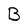
Character: B